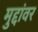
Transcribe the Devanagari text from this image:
मुद्दांवर